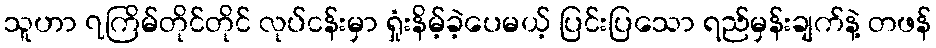
သူဟာ ၇ကြိမ်တိုင်တိုင် လုပ်ငန်းမှာ ရှုံးနိမ့်ခဲ့ပေမယ့် ပြင်းပြသော ရည်မှန်းချက်နဲ့ တဖန်